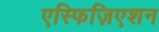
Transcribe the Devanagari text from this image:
एस्फिज़िएशन